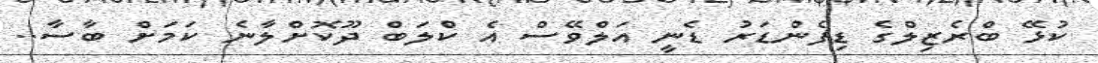
ކުޅޭ ބްރެޒިލްގެ ޑިފެންޑަރު ޑެނީ އަލްވޭސް އެ ކްލަބް ދޫކޮށްލާނެ ކަމަށް ބާސާ..